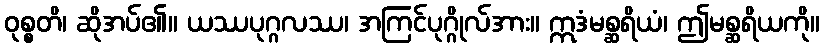
ဝုစ္စတိ၊ ဆိုအပ်၏။ ယဿပုဂ္ဂလဿ၊ အကြင်ပုဂ္ဂိုလ်အား။ ဣဒံမစ္ဆရိယံ၊ ဤမစ္ဆရိယကို။